Annual report of the Punjab Veterinary College and of the Civil Veterinary Department, Punjab - 1920-1925
Year: 1920
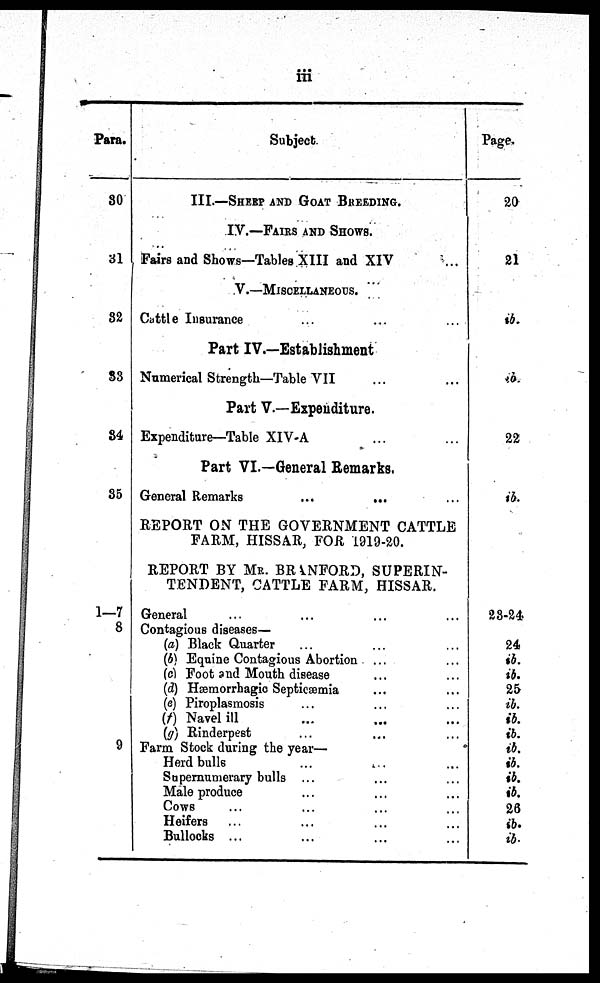
iii
Para.
30
31
32
33
34
35
1—7
8
9
Subject.
III.—SHEEP AND GOAT BREEDING.
IV.—FAIRS AND SHOWS.
Fairs and Shows—Tables XIII and XIV ...
V.—MISCELLANEOUS. ...
Cattle Insurance ... ... ...
Part IV.—Establishment
Numerical Strength—Table VII ... ...
Part V.—Expenditure.
Expenditure—Table XIV-A ... ...
Part VI.—General Remarks.
General Remarks
...
... ...
REPORT ON THE GOVERNMENT CATTLE
FARM, HISSAR, FOR 1919-20.
REPORT BY MR. BRANFORD, SUPERIN-
TENDENT, CATTLE FARM, HISSAR.
General ... ... ... ...
Contagious diseases—
(a) Black Quarter ... ... ...
(b) Equine Contagious Abortion ... ...
(c) Foot and Mouth disease ... ...
(d) Hæmorrhagic Septicæmia ... ...
(e) Piroplasmosis ... ...
(f) Navel ill ... ... ...
(g) Rinderpest ... ... ...
Farm Stock during the year—
Herd bulls ... ... ...
Supernumerary bulls ... ... ...
Male produce ... ... ...
Cows ... ... ... ...
Heifers ... ... ... ...
Bullocks ... ... ... ...
Page.
20
21
ib.
ib.
22
ib.
23-24
24
ib.
ib.
25
ib.
ib.
ib.
ib.
ib.
ib.
ib.
26
ib.
ib.